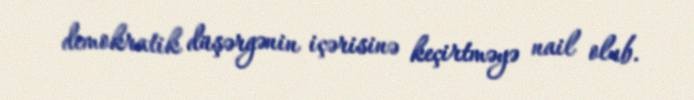
demokratik düşərgənin içərisinə keçirtməyə nail olub.